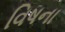
વિષના